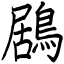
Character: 鶋